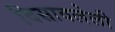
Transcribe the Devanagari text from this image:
विसावलेली